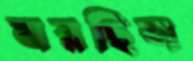
মরছিল